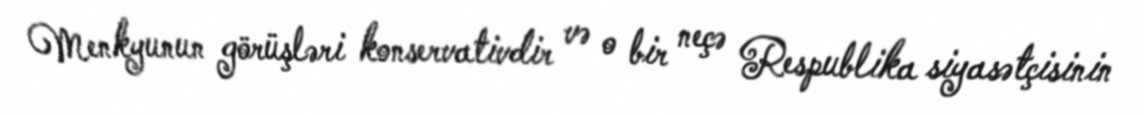
Menkyunun görüşləri konservativdir və o bir neçə Respublika siyasətçisinin